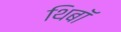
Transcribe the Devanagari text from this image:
थिबॉ